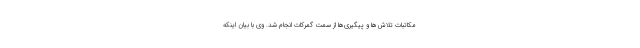
مکاتبات تلاش‌ها و پیگیری‌ها از سمت گمرکات انجام شد. وی با بیان اینکه